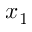
x _ { 1 }